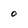
Character: 0